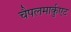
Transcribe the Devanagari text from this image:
चैपलमार्कुएट